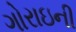
ગોરાઇની